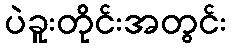
ပဲခူးတိုင်းအတွင်း